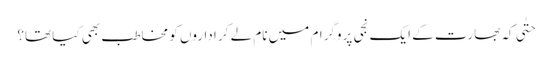
حتٰی کہ بھارت کے ایک نجی پروگرام میں نام لے کر اداروں کو مخاطب بھی کیا تھا؟